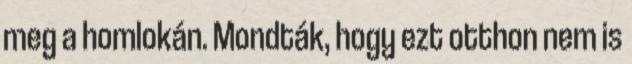
meg a homlokán. Mondták, hogy ezt otthon nem is